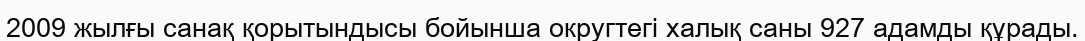
2009 жылғы санақ қорытындысы бойынша округтегі халық саны 927 адамды құрады.